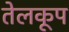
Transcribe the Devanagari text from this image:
तेलकूप